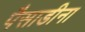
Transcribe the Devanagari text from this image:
पैसाडीना